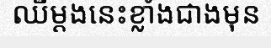
ឈឺម្តងនេះខ្លាំងជាងមុន